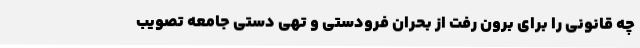
چه قانونی را برای برون رفت از بحران فرودستی و تهی دستی جامعه تصویب